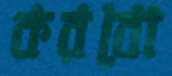
করবো